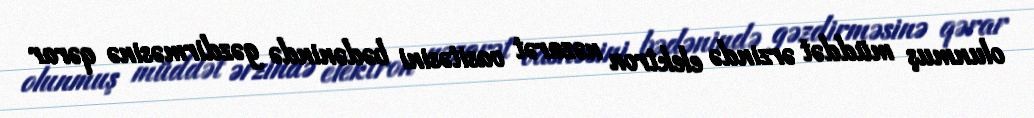
olunmuş müddət ərzində elektron nəzarət vasitəsini bədənində gəzdirməsinə qərar